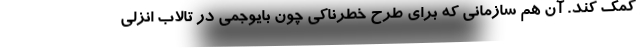
کمک کند. آن هم سازمانی که برای طرح خطرناکی چون بایوجمی در تالاب انزلی